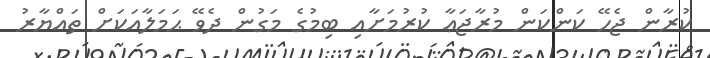
ކުރާން ޖެހޭ ކަންކަން މުރާޖަޢާ ކުރުމަށާއި ބިމުގެ މަގުން ދެވޭ ޙަމަލާއަކަށް ތައްޔާރު